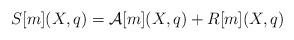
LaTeX: \begin{align*}S[m](X,q)=\mathcal{A}[m](X,q)+R[m](X,q)\end{align*}